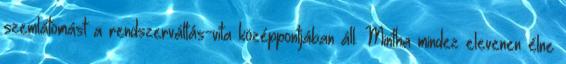
szemlátomást a rendszerváltás-vita középpontjában áll. Mintha mindez elevenen élne